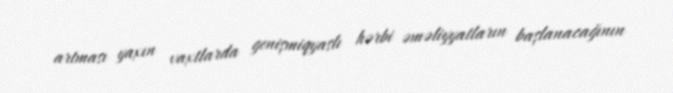
artması yaxın vaxtlarda genişmiqyaslı hərbi əməliyyatların başlanacağının